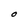
Character: O